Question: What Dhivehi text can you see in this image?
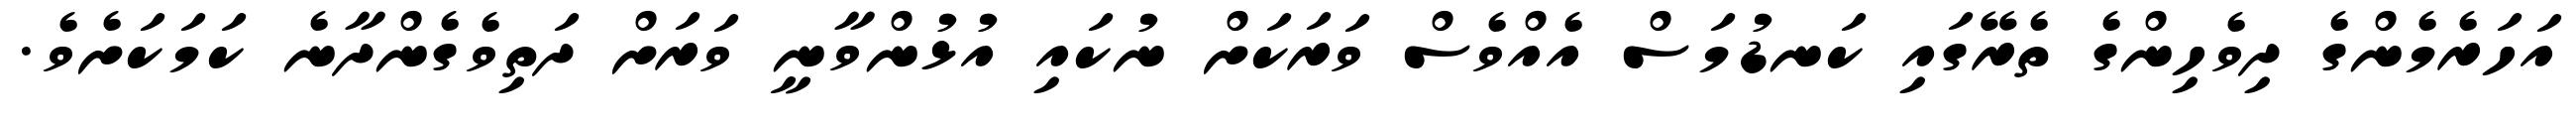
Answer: އަހަރެމެންގެ ދިވެހިންގެ ތެރޭގައި ކަނޑުމަސް އެއްވެސް ވަރަކަށް ނުކައި އުޅުންވާނީ ވަރަށް ދަތިވެގެންދާނެ ކަމަކަށެވެ.